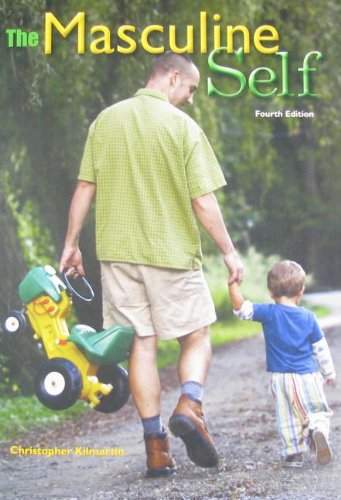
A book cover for The Masculine Self; Christopher Kilmartin; Medical Books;